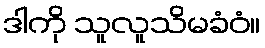
ဒါကို သူလူသိမခံဝံ။